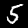
Digit: 5